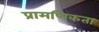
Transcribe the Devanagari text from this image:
प्रामणिकता